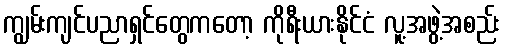
ကျွမ်းကျင်ပညာရှင်တွေကတော့ ကိုရီးယားနိုင်ငံ လူ့အဖွဲ့အစည်း